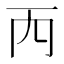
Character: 𠀑